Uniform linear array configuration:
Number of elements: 4
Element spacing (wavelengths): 1
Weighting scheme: uniform
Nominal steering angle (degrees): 60
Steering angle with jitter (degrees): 60.45
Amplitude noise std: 0.05
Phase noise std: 0.05

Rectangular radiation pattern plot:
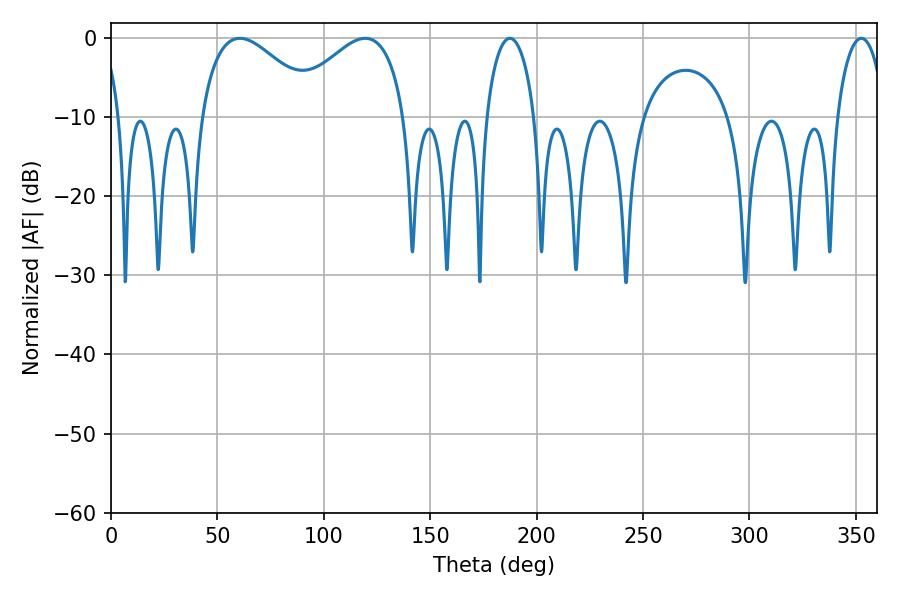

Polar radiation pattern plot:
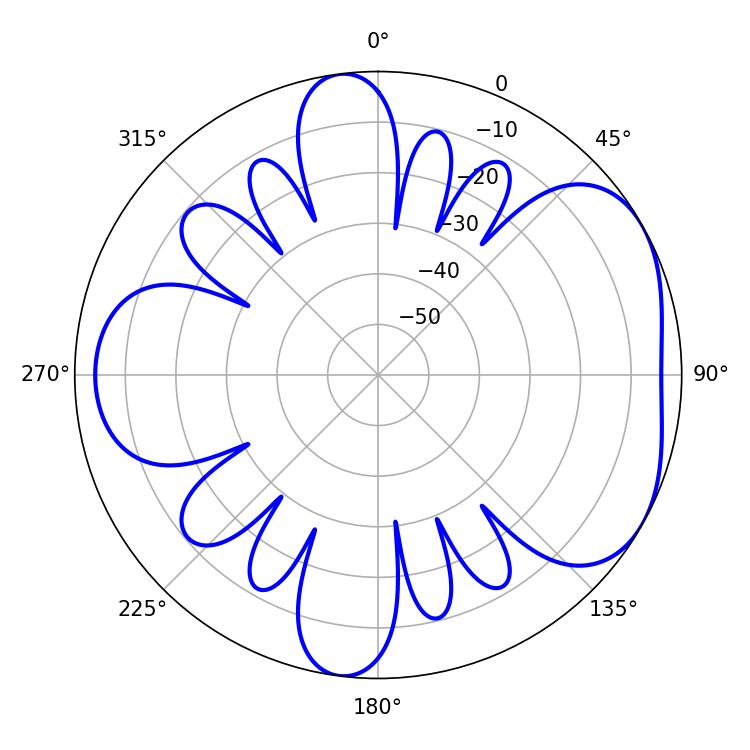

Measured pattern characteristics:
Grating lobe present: TRUE
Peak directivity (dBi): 4.768
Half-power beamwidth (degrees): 30.24
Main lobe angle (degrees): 60.48